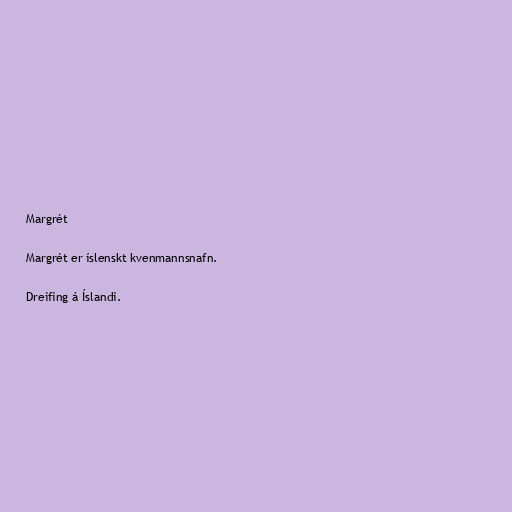
Margrét

Margrét er íslenskt kvenmannsnafn.

Dreifing á Íslandi.